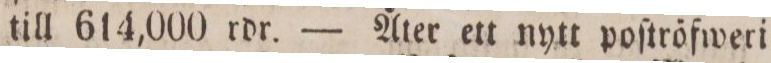
till 614,000 rdr. — Åter ett nytt poſtröfweri